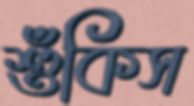
শুঁকিস